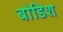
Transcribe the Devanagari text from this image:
बोडिश